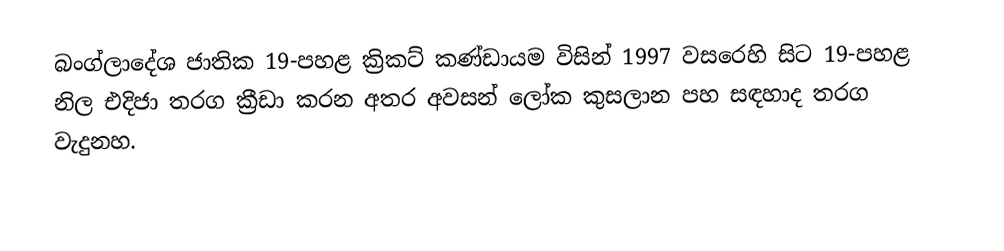
බංග්ලාදේශ ජාතික 19-පහළ ක්‍රිකට් කණ්ඩායම විසින් 1997 වසරෙහි සිට 19-පහළ නිල එදිජා තරග ක්‍රීඩා කරන අතර අවසන් ලෝක කුසලාන පහ සඳහාද තරග වැදුනහ.